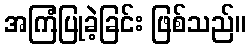
အကြံပြုခဲ့ခြင်း ဖြစ်သည်။